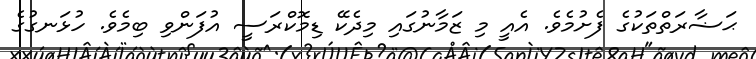
ޙަޟާރަތްތަކުގެ ފެށުމެވެ. އެއީ މި ޒަމާނުގައި މިދެކޭ ޑިމޮކްރަސީ އުފަންވި ބިމެވެ. ހުޅަނގުގެ